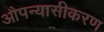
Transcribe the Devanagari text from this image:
औपन्यासीकरण